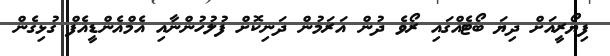
ފިޔޯރީއަށް ދިޔަ ބޯޓެއްގައި ރޯވެ ދުން އަރަމުން ދަނިކޮށް ފުލުހުންނާއި އެމްއެންޑީއެފް ގުޅިގެން